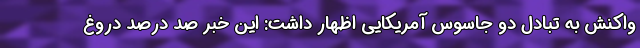
واکنش به تبادل دو جاسوس آمریکایی اظهار داشت: این خبر صد درصد دروغ